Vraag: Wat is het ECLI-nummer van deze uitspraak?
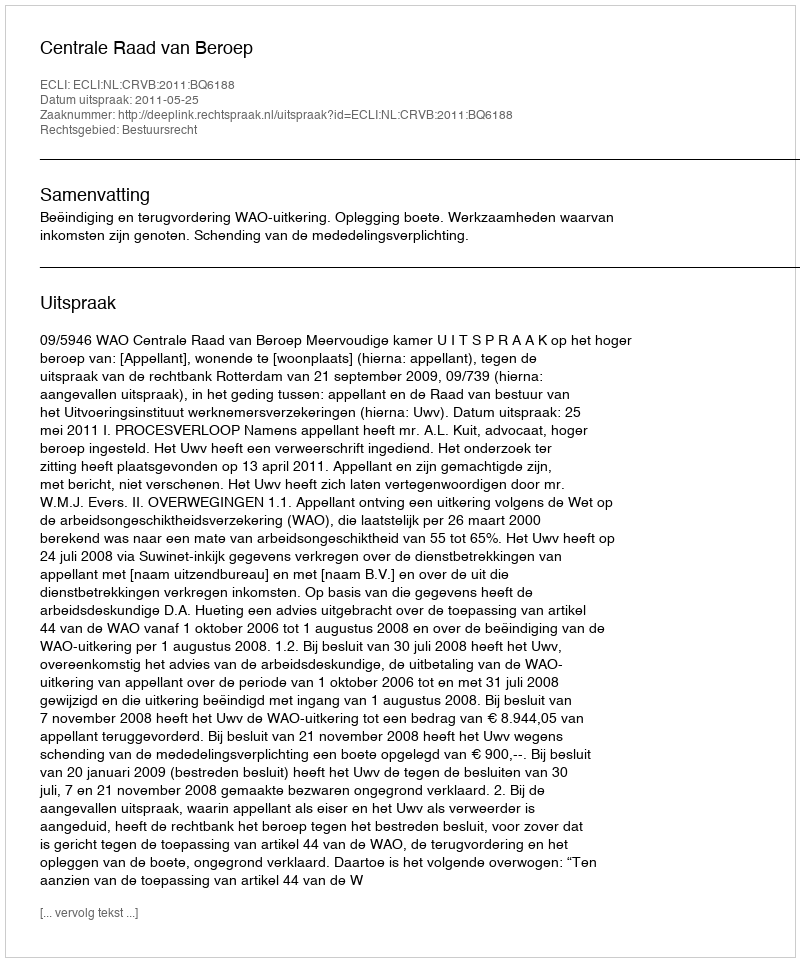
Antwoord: ECLI:NL:CRVB:2011:BQ6188